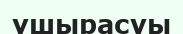
үшырасуы